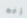
إنه